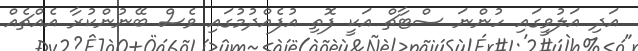
އަދި އަލުވީގައި ހުންނަ ސްޓާޗް އަކީ ފޮތި އުފެއްދުުމުގައި ވެސް ބޭނުންކުރާ އެއްޗެއް